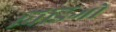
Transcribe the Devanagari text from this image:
विंडिगो